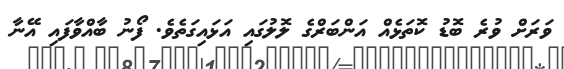
ވަރަށް ވުރެ ބޮޑު ކޮތަޅެއް އަންބަރްގެ ލޮލުގައި އަޅައިގަތެވެ. ފޯނު ބާއްވާފައި އޭނާ